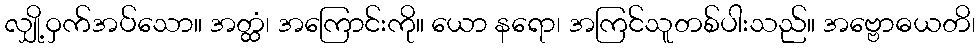
လျှို့ဝှက်အပ်သော။ အတ္ထံ၊ အကြောင်းကို။ ယော နရော၊ အကြင်သူတစ်ပါးသည်။ အဗ္ဗောဓယတိ၊